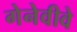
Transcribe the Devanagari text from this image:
गेनेवीवे